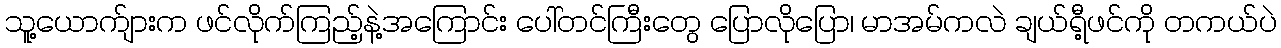
သူ့ယောက်ျားက ဖင်လိုက်ကြည့်နဲ့အကြောင်း ပေါ်တင်ကြီးတွေ ပြောလိုပြော၊ မာအမ်ကလဲ ချယ်ရီ့ဖင်ကို တကယ်ပဲ